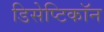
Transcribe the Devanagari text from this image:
डिसेप्टिकॉन